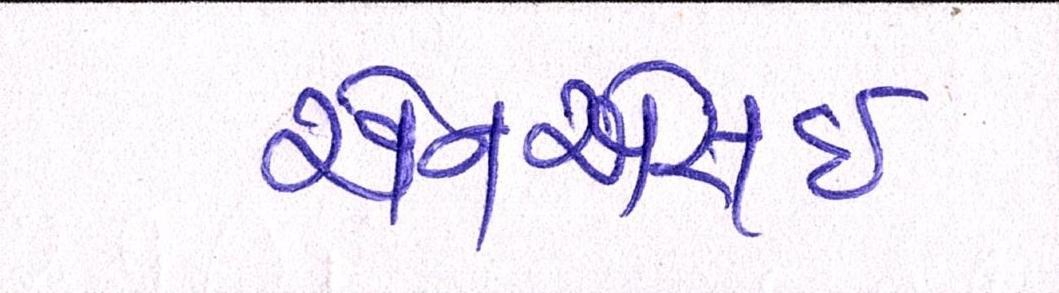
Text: એનએસઇ